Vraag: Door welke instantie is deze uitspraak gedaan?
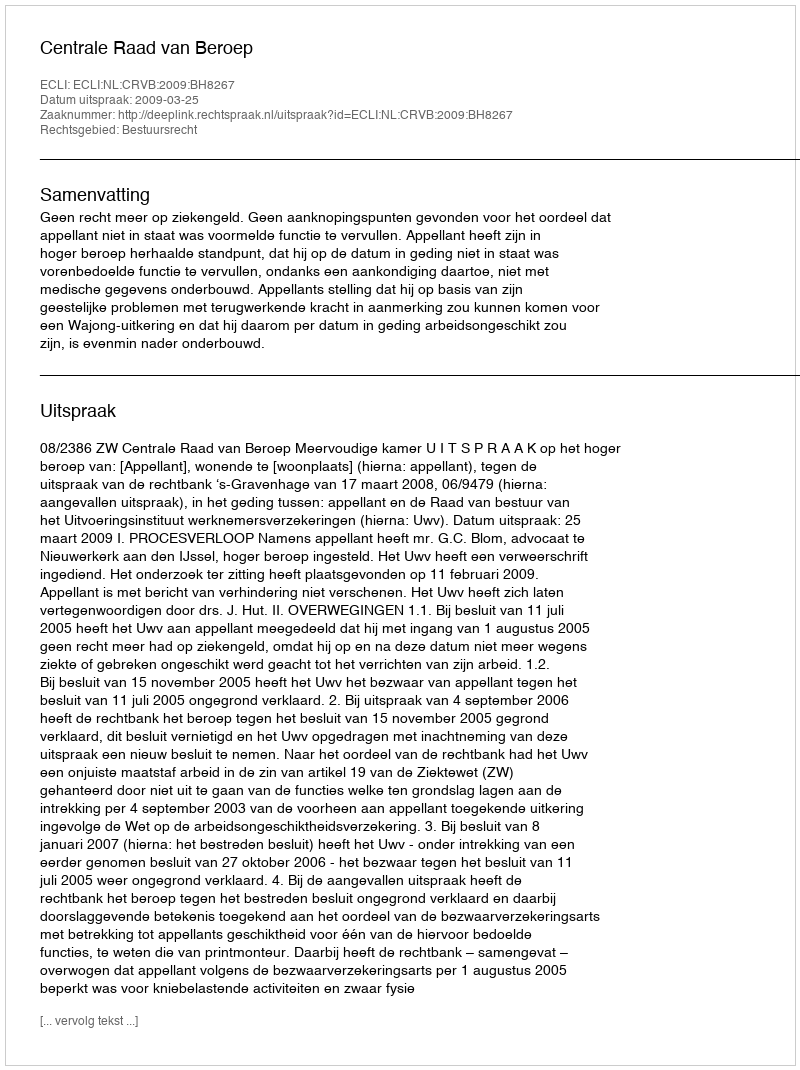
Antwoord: Centrale Raad van Beroep